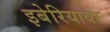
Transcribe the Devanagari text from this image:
इबेरियावर